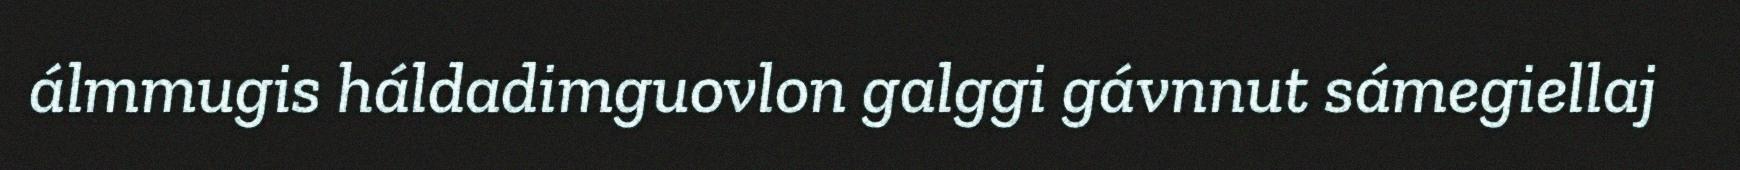
álmmugis háldadimguovlon galggi gávnnut sámegiellaj